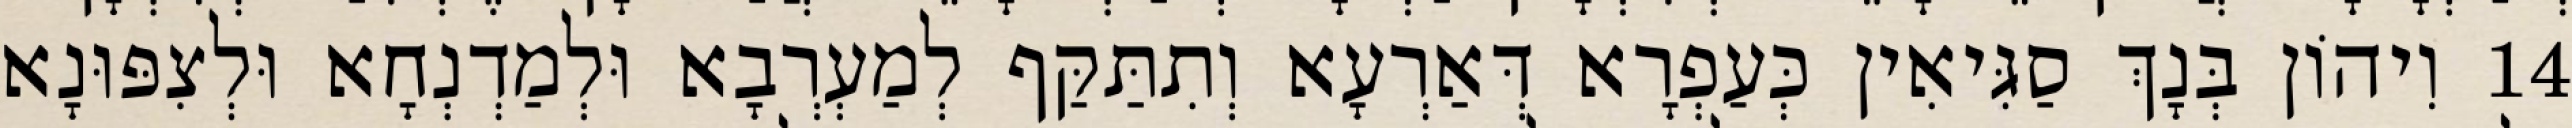
14 וִיהוֹן בְּנָךְ סַגִּיאִין כְּעַפְרָא דְּאַרְעָא וְתִתַּקַּף לְמַעְרְבָא וּלְמַדְנְחָא וּלְצִפּוּנָא